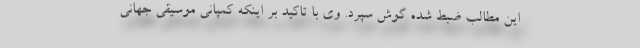
این مطالب ضبط شده گوش سپرد. وی با تاکید بر اینکه کمپانی موسیقی جهانی